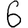
Digit: 6